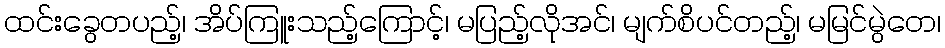
ထင်းခွေတပည့်၊ အိပ်ကြူးသည့်ကြောင့်၊ မပြည့်လိုအင်၊ မျက်စိပင်တည့်၊ မမြင်မွဲတေ၊